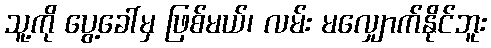
သူ့ကို ပွေ့ခေါ်မှ ဖြစ်မယ်၊ လမ်း မလျှောက်နိုင်ဘူး